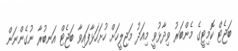
ބަޖެޓް ކޮމިޓީގެ މެންބަރު ވިދާޅުވީ މިއަދު މަޖިލީހަށް ހުށަހަޅާފައިވާ ބަޖެޓް އަނބުރާ ނުގެންނަން